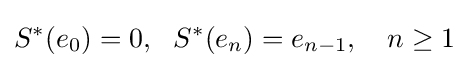
S^{*}(e_{0})=0,\ \ S^{*}(e_{n})=e_{n-1},\quad n\geq 1